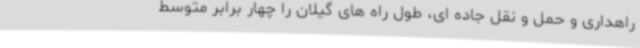
راهداری و حمل و نقل جاده ای، طول راه های گیلان را چهار برابر متوسط